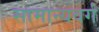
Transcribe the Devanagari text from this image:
सामान्यवर्ग